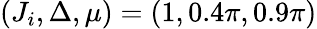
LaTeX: (J_{i},\Delta,\mu)=(1,0.4\pi,0.9\pi)